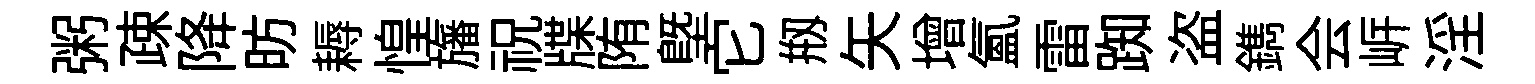
粥疎降昉耨惶旛祝牒陏塈它剏矢增氳雷踟盗鐫会㟁淫